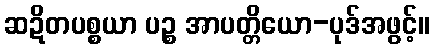
ဆဍိတပစ္စယာ ပဉ္စ အာပတ္တိယော-ပုဒ်အဖွင့်။